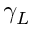
\gamma _ { L }